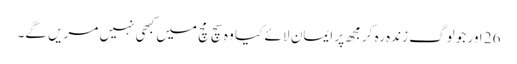
26 اور جو لوگ زندہ رہ کر مجھ پر ایمان لا ئے کیا وہ سچ مچ میں کبھی نہیں مریں گے۔